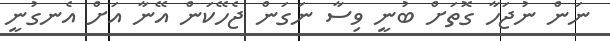
ނަން ނުޖަހާ ގޮތަށް ބުނީ ވިސާ ނަގަން ޖެހޭކަން އޭނާ އަށް އެނގުނީ